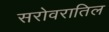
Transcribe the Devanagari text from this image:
सरोवरातिल